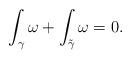
LaTeX: \begin{align*}\int_{\gamma} \omega + \int_{\tilde{\gamma}}\omega = 0.\end{align*}